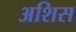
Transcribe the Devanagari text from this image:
अशिस